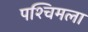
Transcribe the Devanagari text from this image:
पश्‍चिमला